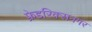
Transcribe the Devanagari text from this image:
फ्रेडरिक्सनगर